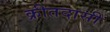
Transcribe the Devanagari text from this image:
क्रीतदासी